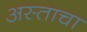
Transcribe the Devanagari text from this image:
अस्ताचा